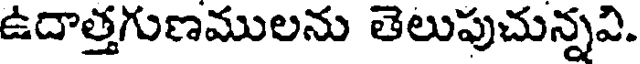
ఉదాత్తగుణములను తెలుపుచున్నవి.